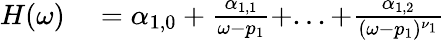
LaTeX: \begin{array}{r}{\begin{array}{rl}{H(\omega)}&{{}=\alpha_{1,0}+\frac{\alpha_{1,1}}{\omega-p_{1}}+...+\frac{\alpha_{1,2}}{(\omega-p_{1})^{\nu_{1}}}}\end{array}}\end{array}